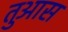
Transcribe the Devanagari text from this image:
तुआस